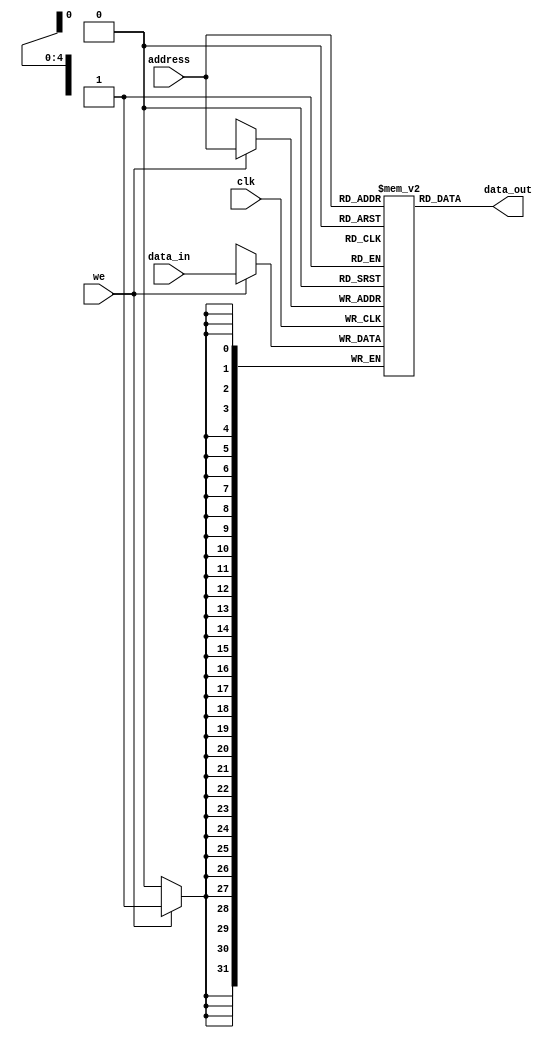
module register_file (
    input wire clk,
    input wire [31:0] data_in,
    input wire we,
    input wire [4:0] address,
    output reg [31:0] data_out
);

reg [31:0] registers [31:0];

always @(posedge clk) begin
    if (we) begin
        registers[address] <= data_in;
    end
end

assign data_out = registers[address];

endmodule